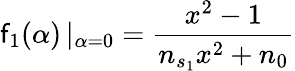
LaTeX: \mathop{\mathsf{f}_{1}(\alpha)}|_{\alpha=0}=\frac{{x^{2}-1}}{{n_{s_{1}}x^{2}+n_{0}}}